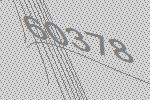
60378